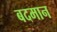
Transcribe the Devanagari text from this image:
बदमान